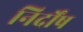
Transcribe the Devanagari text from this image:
निर्दोंष